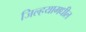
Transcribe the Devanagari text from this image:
जिल्हयामधील